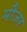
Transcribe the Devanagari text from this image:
मौजर